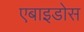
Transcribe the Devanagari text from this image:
एबाइडोस